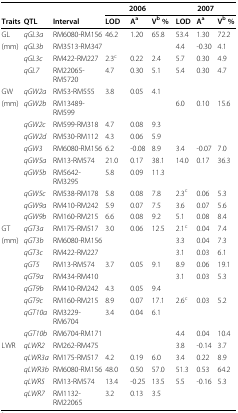
<table><thead><tr><td></td><td></td><td></td><td colspan="3"><b>2006</b></td><td colspan="3"><b>2007</b></td></tr><tr><td><b>Traits</b></td><td><b>QTL</b></td><td><b>Interval</b></td><td><b>LOD</b></td><td><b>A<sup>a</sup></b></td><td><b>V<sup>b </sup>%</b></td><td><b>LOD</b></td><td><b>A<sup>a</sup></b></td><td><b>V<sup>b </sup>%</b></td></tr></thead><tbody><tr><td>GL</td><td><i>qGL3a</i></td><td>RM6080-RM156</td><td>46.2</td><td>1.20</td><td>65.8</td><td>53.4</td><td>1.30</td><td>72.2</td></tr><tr><td>(mm)</td><td><i>qGL3b</i></td><td>RM3513-RM347</td><td></td><td></td><td></td><td>4.4</td><td>-0.30</td><td>4.1</td></tr><tr><td></td><td><i>qGL3c</i></td><td>RM422-RM227</td><td>2.3<sup>c</sup></td><td>0.22</td><td>2.4</td><td>5.7</td><td>0.30</td><td>4.9</td></tr><tr><td></td><td><i>qGL7</i></td><td>RM22065-RM5720</td><td>4.7</td><td>0.30</td><td>5.1</td><td>5.4</td><td>0.30</td><td>4.7</td></tr><tr><td>GW</td><td><i>qGW2a</i></td><td>RM53-RM555</td><td>3.8</td><td>0.05</td><td>4.1</td><td></td><td></td><td></td></tr><tr><td>(mm)</td><td><i>qGW2b</i></td><td>RM13489-RM599</td><td></td><td></td><td></td><td>6.0</td><td>0.10</td><td>15.6</td></tr><tr><td></td><td><i>qGW2c</i></td><td>RM599-RM318</td><td>4.7</td><td>0.08</td><td>9.3</td><td></td><td></td><td></td></tr><tr><td></td><td><i>qGW2d</i></td><td>RM530-RM112</td><td>4.3</td><td>0.06</td><td>5.9</td><td></td><td></td><td></td></tr><tr><td></td><td><i>qGW3</i></td><td>RM6080-RM156</td><td>6.2</td><td>-0.08</td><td>8.9</td><td>3.4</td><td>-0.07</td><td>7.0</td></tr><tr><td></td><td><i>qGW5a</i></td><td>RM13-RM574</td><td>21.0</td><td>0.17</td><td>38.1</td><td>14.0</td><td>0.17</td><td>36.3</td></tr><tr><td></td><td><i>qGW5b</i></td><td>RM5642-RM3295</td><td>5.8</td><td>0.09</td><td>11.3</td><td></td><td></td><td></td></tr><tr><td></td><td><i>qGW5c</i></td><td>RM538-RM178</td><td>5.8</td><td>0.08</td><td>7.8</td><td>2.3<sup>c</sup></td><td>0.06</td><td>5.3</td></tr><tr><td></td><td><i>qGW9a</i></td><td>RM410-RM242</td><td>5.9</td><td>0.07</td><td>7.5</td><td>3.6</td><td>0.07</td><td>5.6</td></tr><tr><td></td><td><i>qGW9b</i></td><td>RM160-RM215</td><td>6.6</td><td>0.08</td><td>9.2</td><td>5.1</td><td>0.08</td><td>8.4</td></tr><tr><td>GT</td><td><i>qGT3a</i></td><td>RM175-RM517</td><td>3.0</td><td>0.06</td><td>12.5</td><td>2.1<sup>c</sup></td><td>0.04</td><td>7.4</td></tr><tr><td>(mm)</td><td><i>qGT3b</i></td><td>RM6080-RM156</td><td></td><td></td><td></td><td>3.3</td><td>0.04</td><td>7.3</td></tr><tr><td></td><td><i>qGT3c</i></td><td>RM422-RM227</td><td></td><td></td><td></td><td>3.1</td><td>0.03</td><td>6.1</td></tr><tr><td></td><td><i>qGT5</i></td><td>RM13-RM574</td><td>3.7</td><td>0.05</td><td>9.1</td><td>8.9</td><td>0.06</td><td>19.1</td></tr><tr><td></td><td><i>qGT9a</i></td><td>RM434-RM410</td><td></td><td></td><td></td><td>3.1</td><td>0.03</td><td>5.3</td></tr><tr><td></td><td><i>qGT9b</i></td><td>RM410-RM242</td><td>4.3</td><td>0.05</td><td>9.4</td><td></td><td></td><td></td></tr><tr><td></td><td><i>qGT9c</i></td><td>RM160-RM215</td><td>8.9</td><td>0.07</td><td>17.1</td><td>2.6<sup>c</sup></td><td>0.03</td><td>5.2</td></tr><tr><td></td><td><i>qGT10a</i></td><td>RM3229-RM6704</td><td>3.4</td><td>0.04</td><td>6.1</td><td></td><td></td><td></td></tr><tr><td></td><td><i>qGT10b</i></td><td>RM6704-RM171</td><td></td><td></td><td></td><td>4.4</td><td>0.04</td><td>10.4</td></tr><tr><td>LWR</td><td><i>qLWR2</i></td><td>RM262-RM475</td><td></td><td></td><td></td><td>3.8</td><td>-0.14</td><td>3.7</td></tr><tr><td></td><td><i>qLWR3a</i></td><td>RM175-RM517</td><td>4.2</td><td>0.19</td><td>6.0</td><td>3.4</td><td>0.22</td><td>8.9</td></tr><tr><td></td><td><i>qLWR3b</i></td><td>RM6080-RM156</td><td>48.0</td><td>0.50</td><td>57.0</td><td>51.3</td><td>0.53</td><td>64.2</td></tr><tr><td></td><td><i>qLWR5</i></td><td>RM13-RM574</td><td>13.4</td><td>-0.25</td><td>13.5</td><td>5.5</td><td>-0.16</td><td>5.3</td></tr><tr><td></td><td><i>qLWR7</i></td><td>RM1132-RM22065</td><td>3.2</td><td>0.13</td><td>3.5</td><td></td><td></td><td></td></tr></tbody></table>